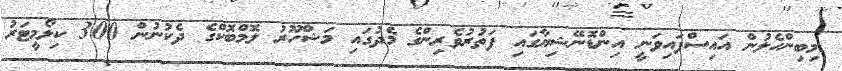
މިބިންހެލުން އައިސްފައިވަނީ އިންޑޮނޭޝިޔާގައި ފަތުރުވެރިންގެ މެދުގައި މަޝްހޫރު ލޮމްބޮކްގެ ދެކުނުން 300 ކިލޯމީޓަރު